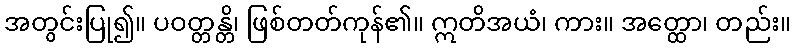
အတွင်းပြု၍။ ပဝတ္တန္တိ၊ ဖြစ်တတ်ကုန်၏။ ဣတိအယံ၊ ကား။ အတ္ထော၊ တည်း။